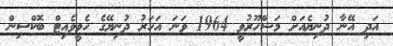
އަދި އޭނާ ދުނިޔެއަށް މަޝްހޫރުވީ 1964 ވަނަ އަހަރު ދުނިޔޭގެ ހެވީވެއިޓް ބޮކްސިން